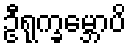
ဦရုက္ခမ္ဘောပိ